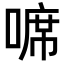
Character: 𠻊